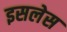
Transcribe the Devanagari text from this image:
इसलेस